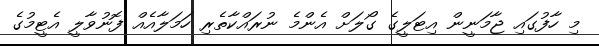
މި ހާފުގައި ޖާމަނީން އިޓަލީގެ ގޯލަށް އެންމެ ނުރައްކާތެރި ހަމަލާއެއް ފޮނުވާލީ އެޓީމުގެ